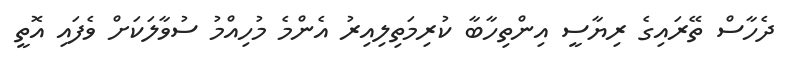
ދެހާސް ތޭރައިގެ ރިޔާސީ އިންތިހާބާ ކުރިމަތިލިއިރު އެންމެ މުހިއްމު ސުވާލަކަށް ވެފައި އޮތީ